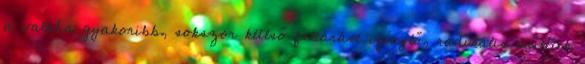
a valaha gyakoribb, sokszor külső feltárást igénylő, radikális műtétek